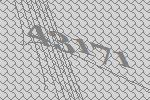
43171